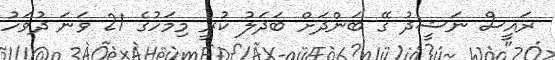
ރައީސް ނަޝީދު ގޭ ބަންދަށް ބަދަލު ކުރީ މިމަހުގެ 21 ވަނަ ދުވަހު